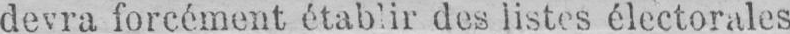
devra forcément établir des listes électorales